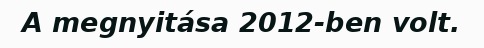
A megnyitása 2012-ben volt.